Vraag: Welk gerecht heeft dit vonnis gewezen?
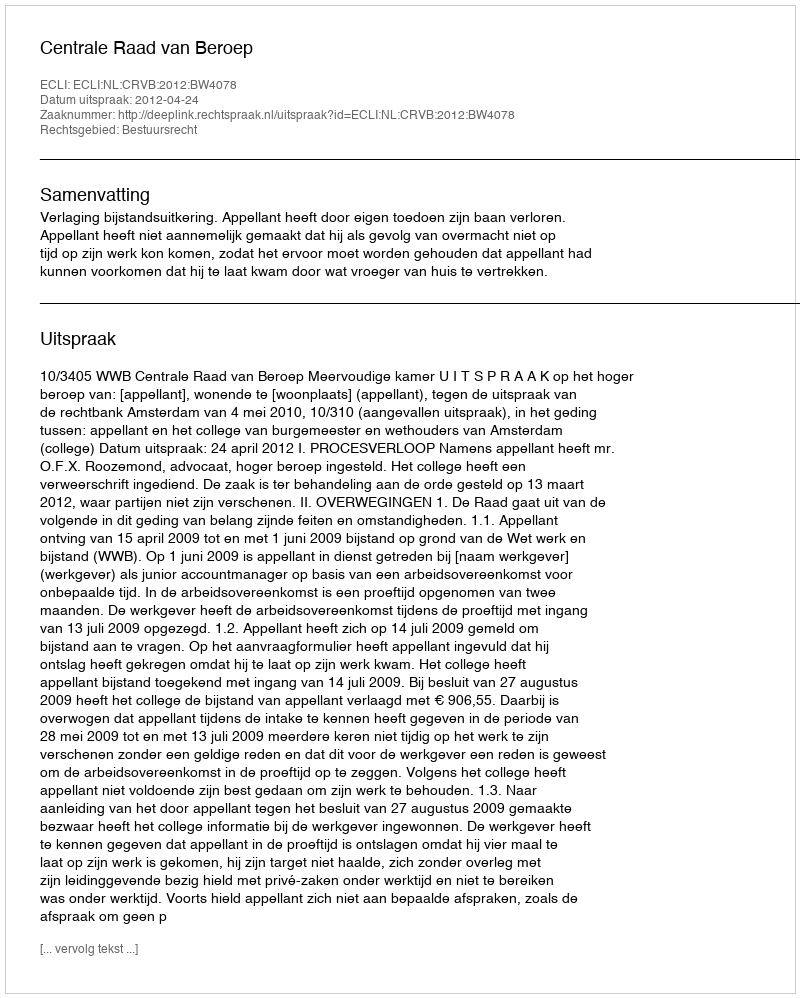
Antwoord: Centrale Raad van Beroep